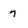
Character: 7